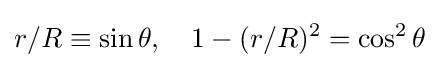
r/R\equiv \sin \theta ,\quad 1-(r/R)^{2}=\cos ^{2}\theta